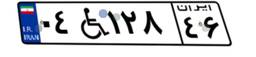
۰۴W۱۲۸۴۶